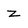
Character: z